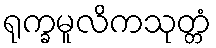
ရုက္ခမူလိကသုတ္တံ